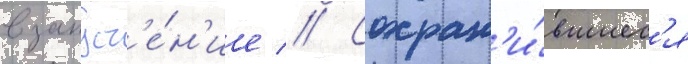
в запуст'е́н'ие // Сохран'и́вшиес'я